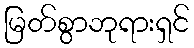
မြတ်စွာဘုရားရှင်